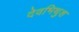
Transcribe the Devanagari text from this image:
देवभिथुश